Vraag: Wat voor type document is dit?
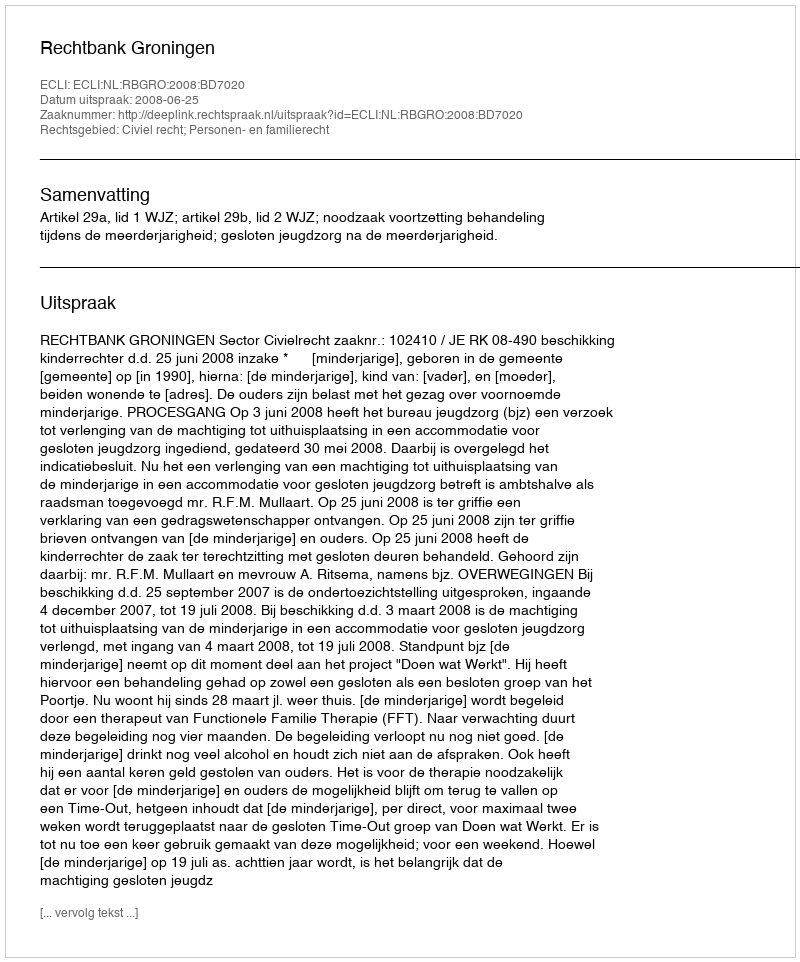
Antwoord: Uitspraak